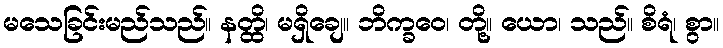
မသေခြင်းမည်သည်။ နတ္ထိ၊ မရှိချေ။ ဘိက္ခဝေ၊ တို့။ ယော၊ သည်။ စိရံ၊ စွာ။